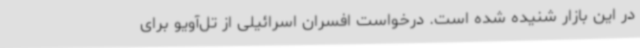
در این بازار شنیده شده است. درخواست افسران اسرائیلی از تل‌آویو برای